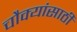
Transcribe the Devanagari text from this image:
चौक्यांसाठी